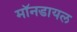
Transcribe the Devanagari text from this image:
मॉनडायल